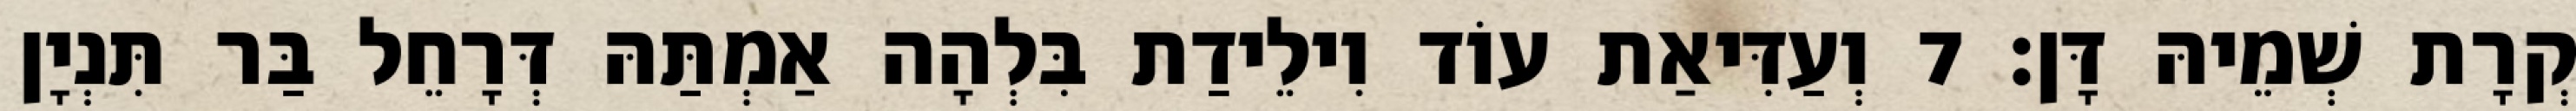
קְרָת שְׁמֵיהּ דָּן׃ 7 וְעַדִּיאַת עוֹד וִילֵידַת בִּלְהָה אַמְתַּהּ דְּרָחֵל בַּר תִּנְיָן